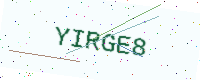
Text: YIRGE8